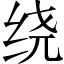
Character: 绕